Indian journal of veterinary science and animal husbandry - Volume 1,
Year: 1931
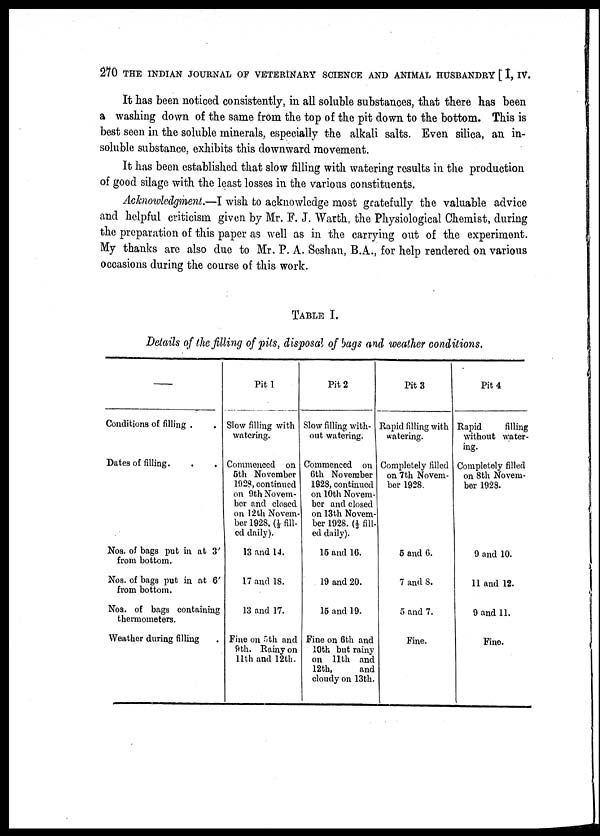
270 THE INDIAN JOURNAL OF VETERINARY SCIENCE AND ANIMAL HUSBANDRY [ I, IV.
It has been noticed consistently, in all soluble substances, that there has been
a washing down of the same from the top of the pit down to the bottom. This is
best seen in the soluble minerals, especially the alkali salts. Even silica, an in
soluble substance, exhibits this downward movement.
It has been established that slow filling with watering results in the production
of good silage with the least losses in the various constituents.
Acknowledgment.—I wish to acknowledge most gratefully the valuable advice
and helpful criticism given by Mr. F. J. Warth, the Physiological Chemist, during
the preparation of this paper as well as in the carrying out of the experiment.
My thanks are also due to Mr. P. A. Seshan, B.A., for help rendered on various
occasions during the course of this work.
TABLE I.
Details of the filling of pits, disposal of bags and weather conditions.
—
Conditions of filling .
Dates of filling.
Nos. of bags put in at 3'
from bottom.
Nos. of bags put in at 6'
from bottom.
Nos. of bags containing
thermometers.
Weather during filling
Pit 1
Slow filling with
watering.
Commenced on
5th November
102?, continued
on 9th Novem
ber and closed
on 12th Novem
ber 1928, (⅓ fill
ed daily).
13 and 14.
17 and 18.
13 and 17.
Fine on 5th and
9th. Rainy on
11th and 12th.
Pit 2
Slow filling with
out watering.
Commenced on
6th November
1928, continued
on 10th Novem
ber and closed
on 13th Novem
ber 1928. (⅓ fill
ed daily).
16 and 16.
19 and 20.
15 and 19.
Fine on 6th and
10th but rainy
on 11th and
12th,
and
cloudy on 13th.
Pit 3
Rapid filling with
watering.
Completely filled
on 7th Novem
ber 1928.
5 and 6.
7 and 8.
5 and 7.
Fine.
Pit 4
Rapid
filling
without water
ing.
Completely filled
on 8th Novem
ber 1928.
9 and 10.
11 and 12.
9 and 11.
Fine.